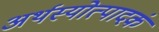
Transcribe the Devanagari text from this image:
अर्थस्योत्पादकं